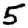
Digit: 5